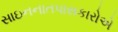
સાઇનનાતપાસકારોએ